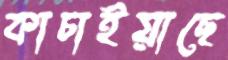
কাচাইয়াছে